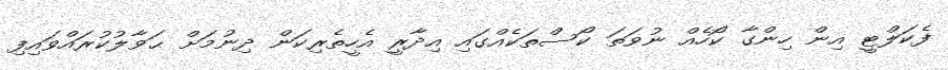
ފެކަލްޓީ އިން ހިންގާ ކޯހެއް ނުވަތަ ކޯސްތަކެއްގައި އިދާރީ އެހީތެރިކަން ދިނުމަށް ޙަވާލުކުރައްވައިފި